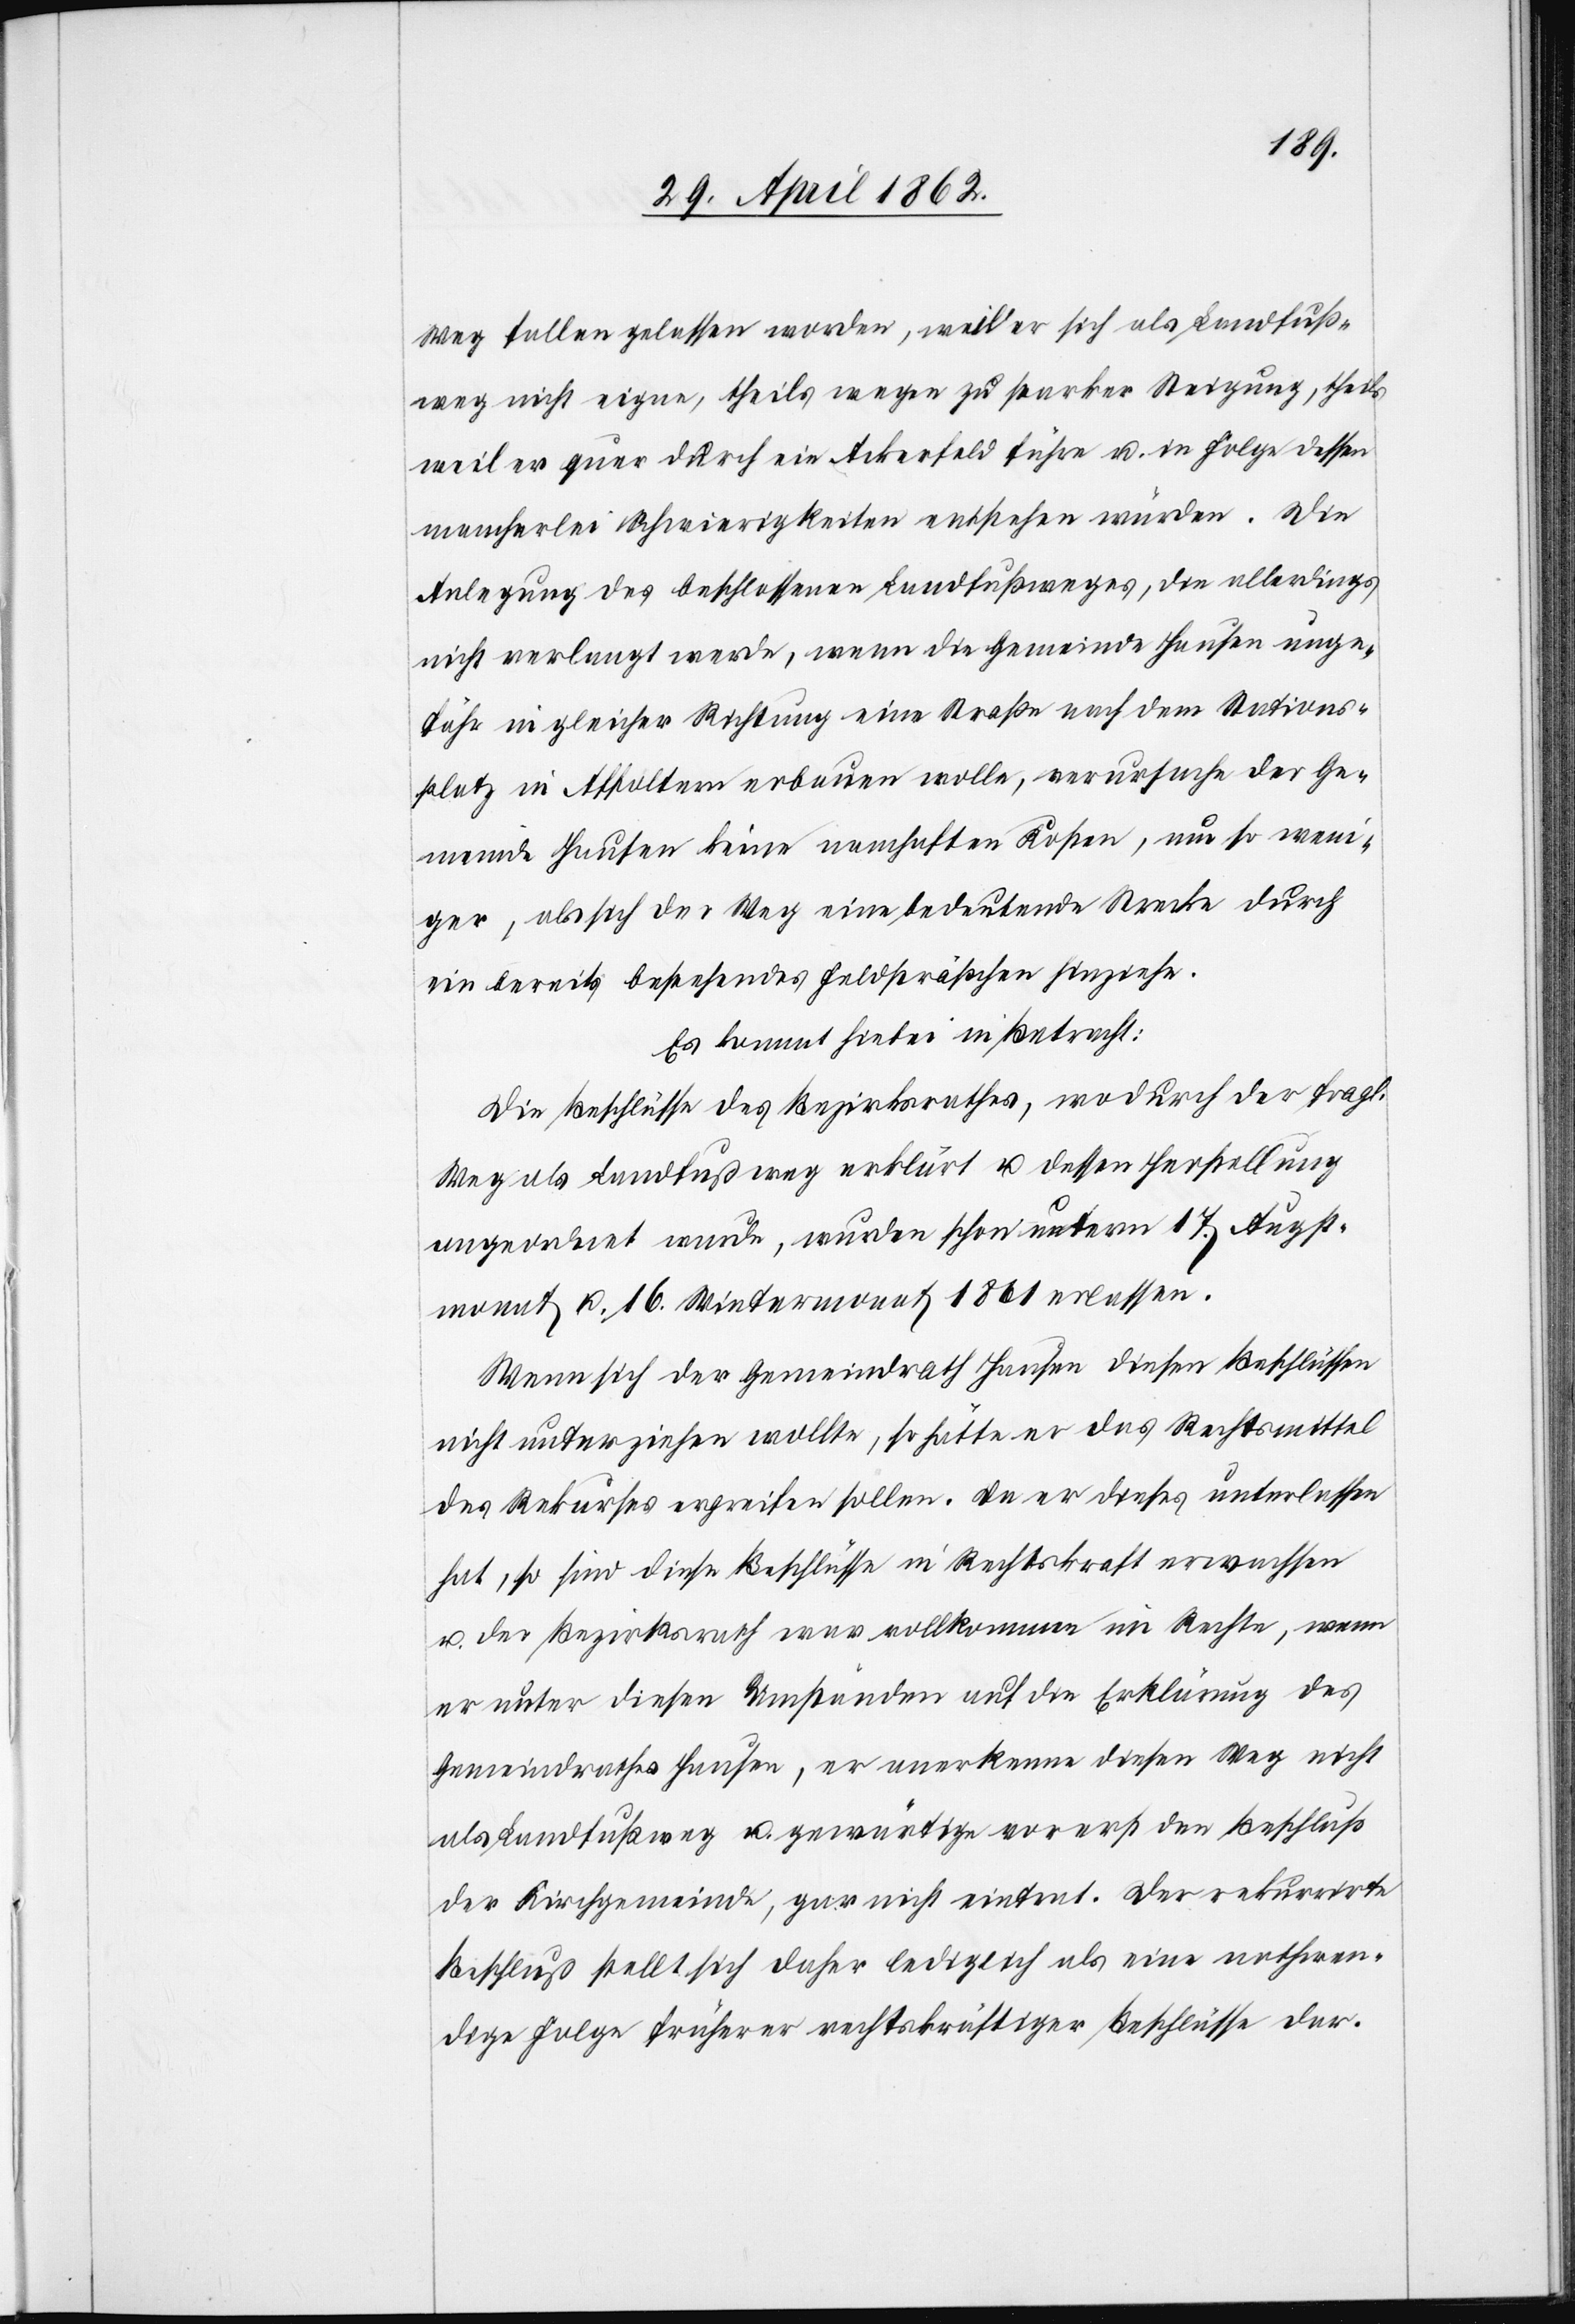
Weg fallen gelassen worden, weil er sich als Landfuß¬
weg nicht eigne, theils wegen zu starker Steigung, theils
weil er quer durch ein Ackerfeld führe u. in Folge dessen
mancherlei Schwierigkeiten entstehen würden. Die
Anlegung des beschlossenen Landfußweges, die allerdings
nicht verlangt werde, wenn die Gemeinde Hausen unge¬
fähr in gleicher Richtung eine Straße nach dem Stations¬
platz in Affoltern erbauen wolle, verursache der Ge¬
meinde Hausen keine namhaften Kosten, um so weni¬
ger, als sich der Weg eine bedeutende Strecke durch
ein bereits bestehendes Feldsträßchen hinziehe.
Es kommt hiebei in Betracht:
Die Beschlüsse des Bezirksrathes, wodurch der fragl.
Weg als Landfußweg erklärt u. dessen Herstellung
angeordnet wurde, wurden schon unterm 17. Augst¬
monat u. 16. Wintermonat 1861 erlassen.
Wenn sich der Gemeindrath Hausen diesen Beschlüssen
nicht unterziehen wollte, so hätte er das Rechtsmittel
des Rekurses ergreifen sollen. Da er dieses unterlassen
hat, so sind diese Beschlüsse in Rechtskraft erwachsen
u. der Bezirksrath war vollkommen im Rechte, wenn
er unter diesen Umständen auf der Erklärung des
Gemeindrathes Hausen, er anerkenne diesen Weg nicht
als Fußweg u. gewärtige vorerst den Beschluß
der Kirchgemeinde, gar nicht eintrat. Der rekurrirte
Beschluß stellt sich daher lediglich als eine nothwen¬
dige Folge früherer rechtskräftiger Beschlüsse dar.